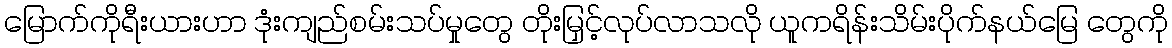
မြောက်ကိုရီးယားဟာ ဒုံးကျည်စမ်းသပ်မှုတွေ တိုးမြှင့်လုပ်လာသလို ယူကရိန်းသိမ်းပိုက်နယ်မြေ တွေကို